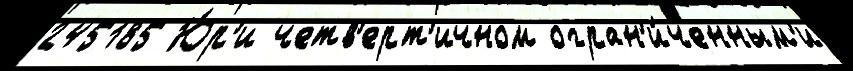
245185 Ю́р'и четв'ерт'ичном огран'и́ченным'и